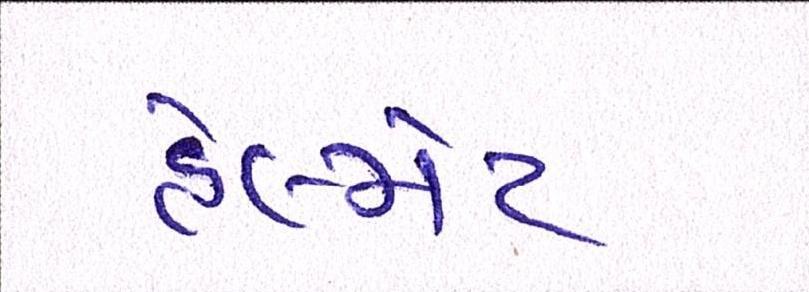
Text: હેલ્મેટ